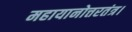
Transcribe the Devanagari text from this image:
महायानोत्तरतंत्र।